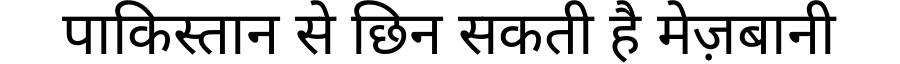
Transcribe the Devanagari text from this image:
पाकिस्तान से छिन सकती है मेज़बानी